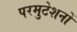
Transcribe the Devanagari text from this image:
परमुटेशनों